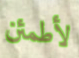
لأطمئن